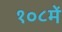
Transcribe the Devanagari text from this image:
१०८में